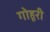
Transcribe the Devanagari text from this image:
गोहूरी